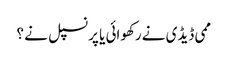
ممی ڈیڈی نے رکھوائی یا پرنسپل نے ؟